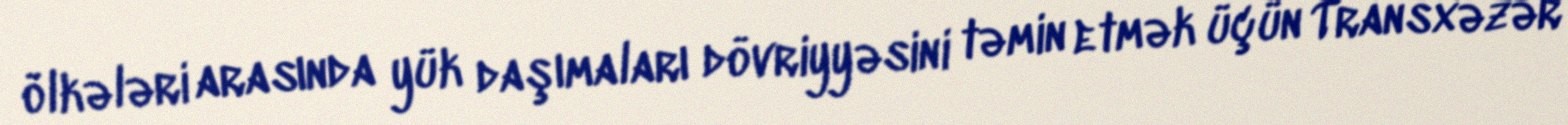
ölkələri arasında yük daşımaları dövriyyəsini təmin etmək üçün Transxəzər